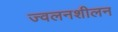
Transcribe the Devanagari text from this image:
ज्वलनशीलन